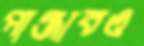
পাঞ্জাবও